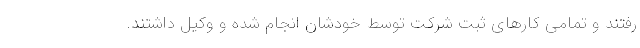
رفتند و تمامی کارهای ثبت شرکت توسط خودشان انجام شده و وکیل داشتند.